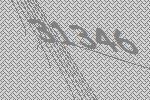
31346